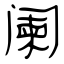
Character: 阑